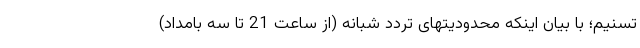
تسنیم؛ با بیان اینکه محدودیتهای تردد شبانه (از ساعت 21 تا سه بامداد)